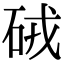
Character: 𥑳